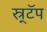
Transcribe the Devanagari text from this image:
स्र्टॅप